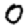
Digit: 0